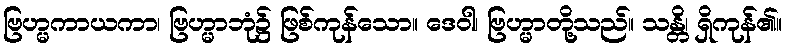
ဗြဟ္မကာယကာ၊ ဗြဟ္မာဘုံ၌ ဖြစ်ကုန်သော။ ဒေဝါ၊ ဗြဟ္မာတို့သည်။ သန္တိ၊ ရှိကုန်၏။